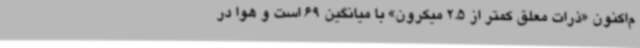
م‌اکنون «ذرات معلق کمتر از 2.5 میکرون» با میانگین 69 است و هوا در